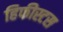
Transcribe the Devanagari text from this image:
हिफीस्टस